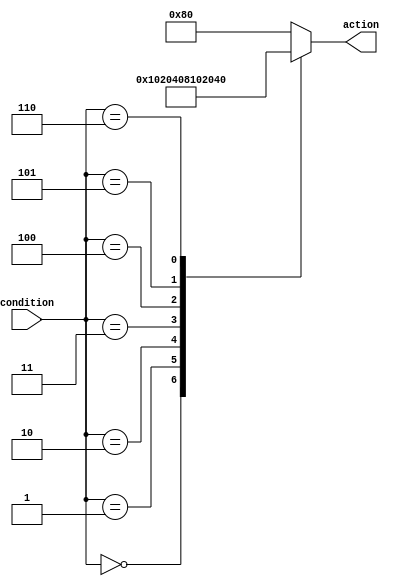
module priority_case_statement (
    input [2:0] condition,
    output reg [7:0] action
);

always @* begin
    case (condition)
        3'b000: action = 8'b00000001;
        3'b001: action = 8'b00000010;
        3'b010: action = 8'b00000100;
        3'b011: action = 8'b00001000;
        3'b100: action = 8'b00010000;
        3'b101: action = 8'b00100000;
        3'b110: action = 8'b01000000;
        default: action = 8'b10000000;
    endcase
end

endmodule